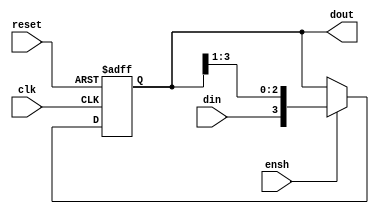
`timescale 1ns / 1ps
//////////////////////////////////////////////////////////////////////////////////
// Company: 
// Engineer: 
// 
// Design Name: 
// Module Name: shregn
// Project Name: 
// Target Devices: 
// Tool Versions: 
// Description: 
// 
// Dependencies: 
// 
// Revision:
// Revision 0.01 - File Created
// Additional Comments:
// 
//////////////////////////////////////////////////////////////////////////////////


module shregn(output reg [3:0] dout, input din,ensh,clk,reset);
always @(posedge clk, posedge reset)
begin
    if(reset) dout <= 0;
    else if(ensh) dout <= {din, dout[3:1]};    
end
endmodule